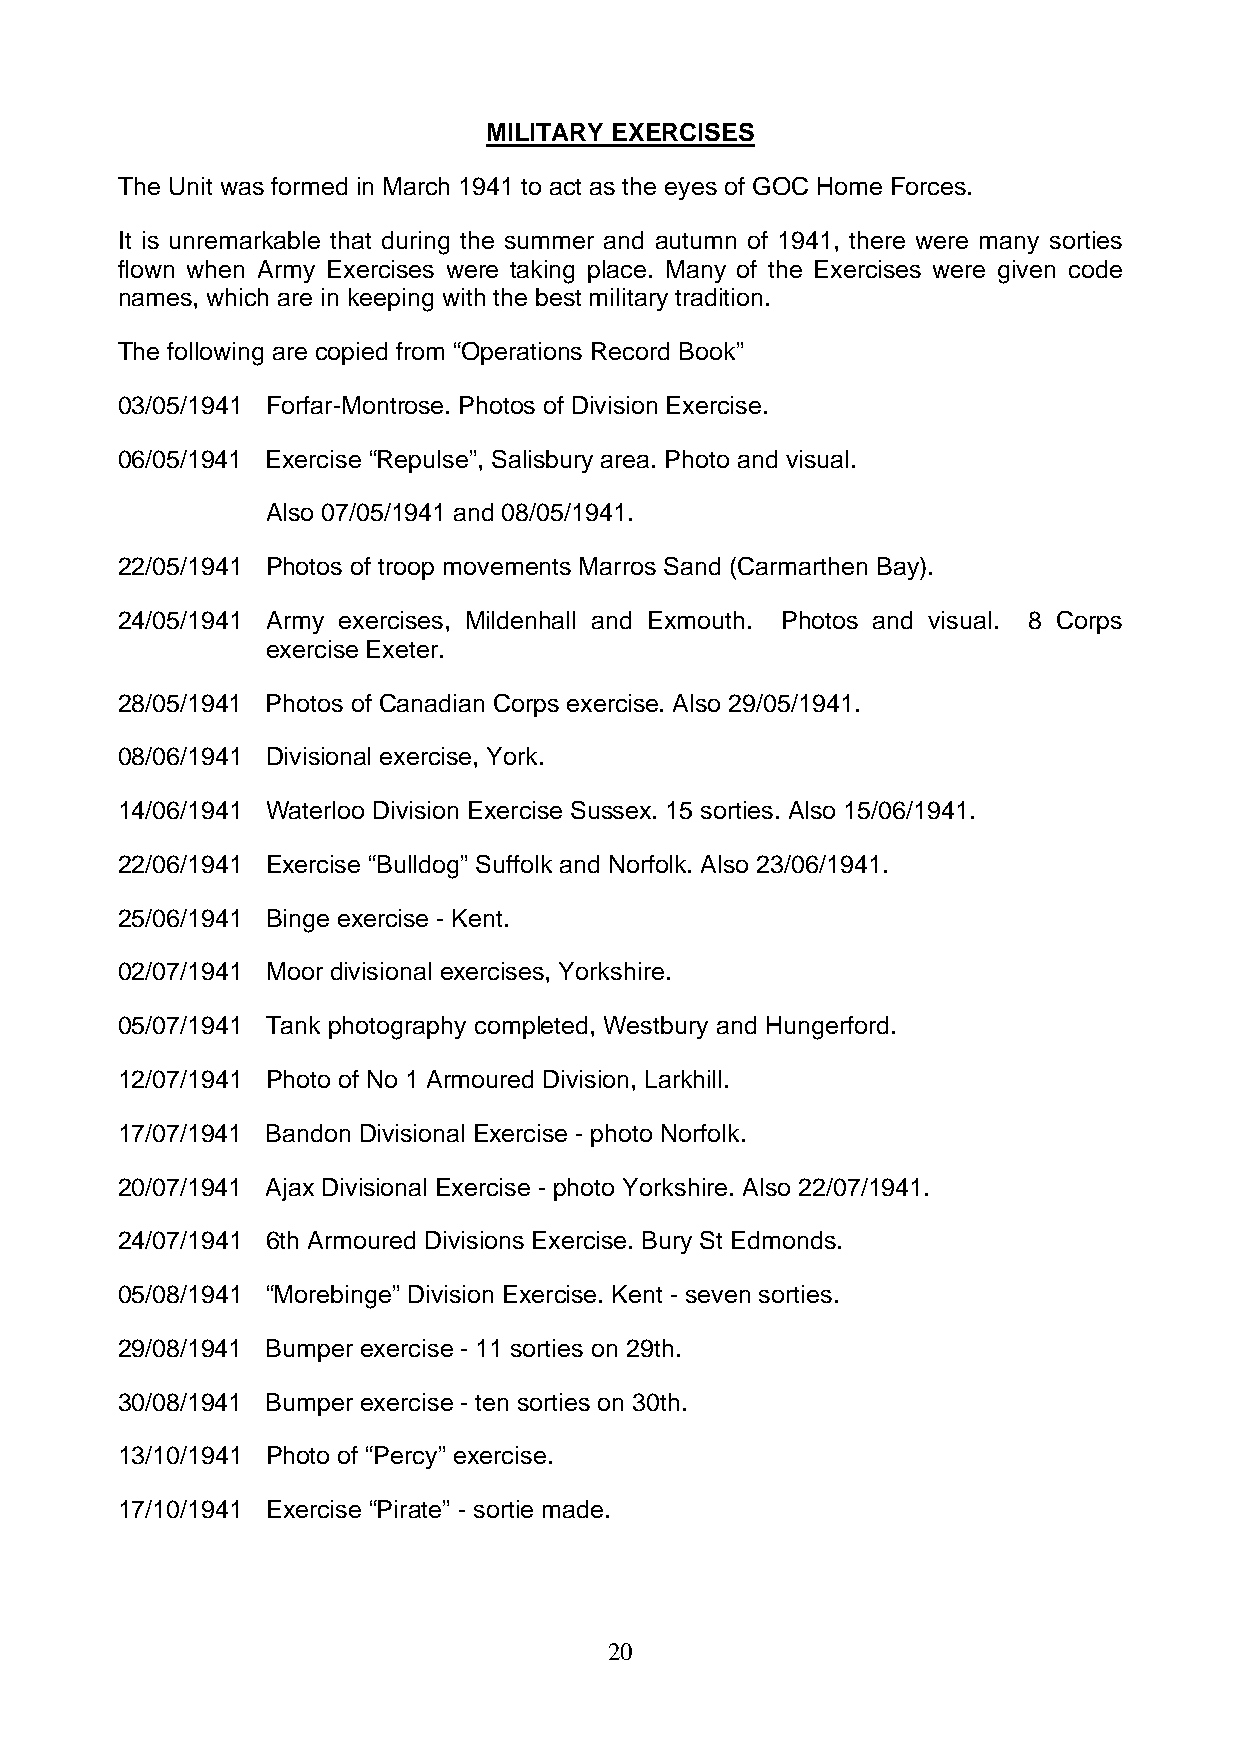
MILITARY EXERCISES
 The Unit was formed in March 1941 to act as the eyes of GOC Home Forces.
 It is unremarkable that during the summer and autumn of 1941, there were many sorties
 flown when Army Exercises were taking place. Many of the Exercises were given code
 names, which are in keeping with the best military tradition.
 The following are copied from “Operations Record Book”
 03/05/1941 Forfar-Montrose. Photos of Division Exercise.
 06/05/1941 Exercise “Repulse”, Salisbury area. Photo and visual.
 Also 07/05/1941 and 08/05/1941.
 22/05/1941 Photos of troop movements Marros Sand (Carmarthen Bay).
 24/05/1941 Army exercises, Mildenhall and Exmouth. Photos and visual. 8 Corps
 exercise Exeter.
 28/05/1941 Photos of Canadian Corps exercise. Also 29/05/1941.
 08/06/1941 Divisional exercise, York.
 14/06/1941 Waterloo Division Exercise Sussex. 15 sorties. Also 15/06/1941.
 22/06/1941 Exercise “Bulldog” Suffolk and Norfolk. Also 23/06/1941.
 25/06/1941 Binge exercise - Kent.
 02/07/1941 Moor divisional exercises, Yorkshire.
 05/07/1941 Tank photography completed, Westbury and Hungerford.
 12/07/1941 Photo of No 1 Armoured Division, Larkhill.
 17/07/1941 Bandon Divisional Exercise - photo Norfolk.
 20/07/1941 Ajax Divisional Exercise - photo Yorkshire. Also 22/07/1941.
 24/07/1941 6th Armoured Divisions Exercise. Bury St Edmonds.
 05/08/1941 “Morebinge” Division Exercise. Kent - seven sorties.
 29/08/1941 Bumper exercise - 11 sorties on 29th.
 30/08/1941 Bumper exercise - ten sorties on 30th.
 13/10/1941 Photo of “Percy” exercise.
 17/10/1941 Exercise “Pirate” - sortie made.
 20